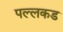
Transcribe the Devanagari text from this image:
पल्लकड